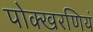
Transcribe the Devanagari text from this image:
पोक्खरणियं